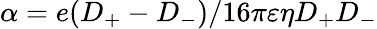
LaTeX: \alpha=e(D_{+}-D_{-})/16\pi\varepsilon\eta D_{+}D_{-}